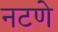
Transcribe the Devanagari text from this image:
नटणे